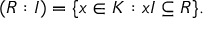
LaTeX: ( R : I ) = \{ x \in K : x I \subseteq R \} .